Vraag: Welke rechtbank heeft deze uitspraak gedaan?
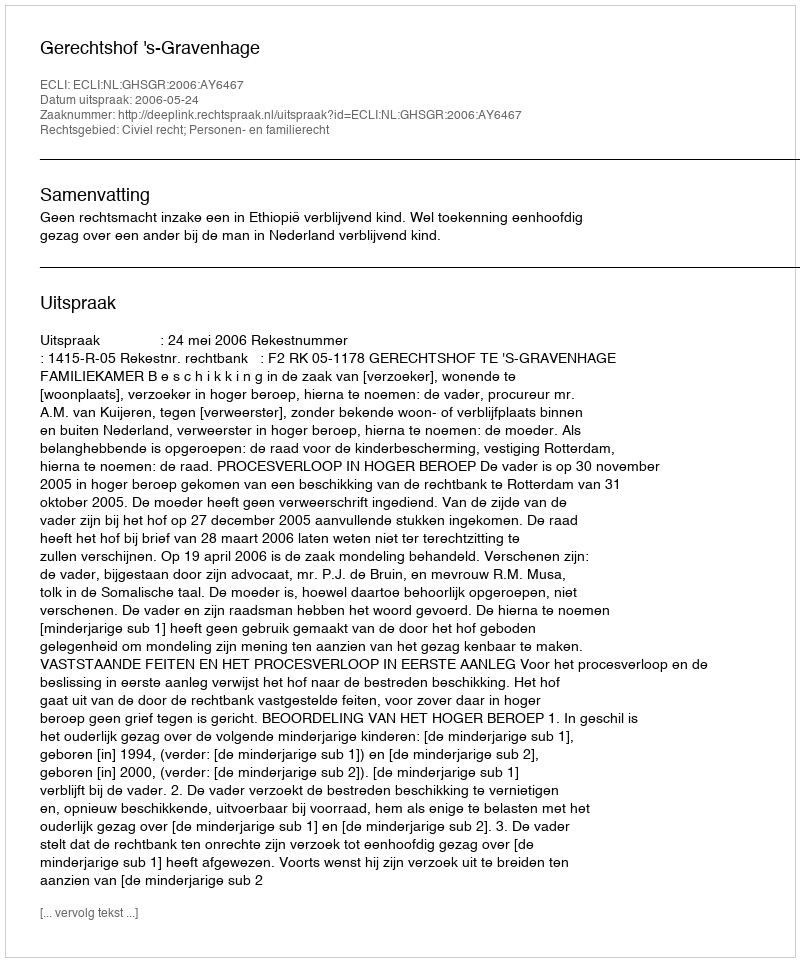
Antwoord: Gerechtshof 's-Gravenhage